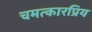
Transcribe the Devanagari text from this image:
चमत्कारप्रिय